Civil Veterinary Department Bihar reports 1936-40 - 1936-1940
Year: 1936
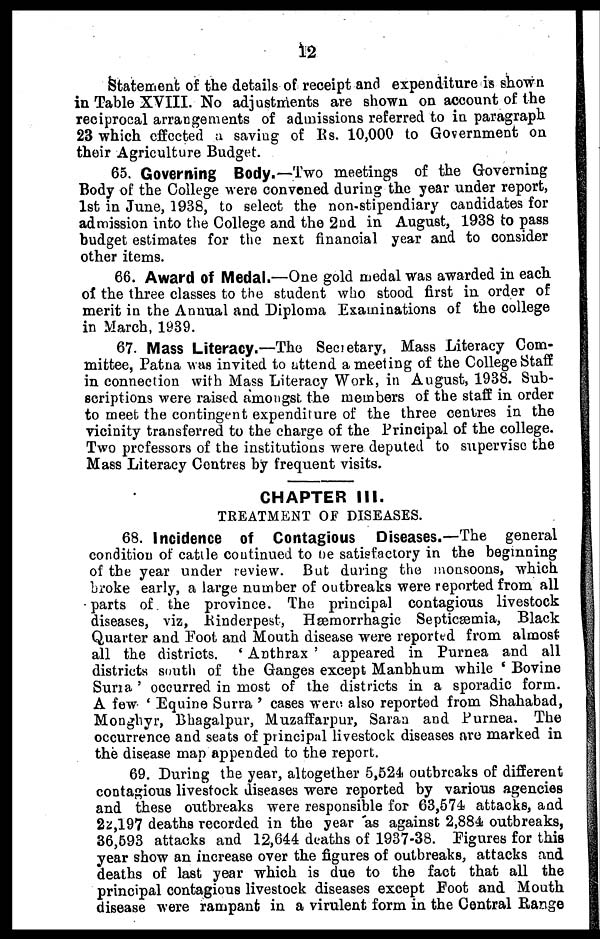
12
Statement of the details of receipt and expenditure is shown
in Table XVIII. No adjustments are shown on account of the
reciprocal arrangements of admissions referred to in paragraph
23 which effected a saving of Rs. 10,000 to Government on
their Agriculture Budget.
65. Governing Body.—Two meetings of the Governing
Body of the College were convened during the year under report,
1st in June, 1938, to select the non-stipendiary candidates for
admission into the College and the 2nd in August, 1938 to pass
budget estimates for the next financial year and to consider
other items.
66. Award of Medal.—One gold medal was awarded in each
of the three classes to the student who stood first in order of
merit in the Annual and Diploma Examinations of the college
in March, 1939.
67. Mass Literacy.—The Secretary, Mass Literacy Com-
mittee, Patna was invited to attend a meeting of the College Staff
in connection with Mass Literacy Work, in August, 1938. Sub-
scriptions were raised amongst the members of the staff in order
to meet the contingent expenditure of the three centres in the
vicinity transferred to the charge of the Principal of the college.
Two professors of the institutions were deputed to supervise the
Mass Literacy Centres by frequent visits.
CHAPTER III.
TREATMENT OF DISEASES.
68. Incidence of Contagious Diseases.—The general
condition of cattle continued to be satisfactory in the beginning
of the year under review. But during the monsoons, which
broke early, a large number of outbreaks were reported from all
parts of the province. The principal contagious livestock
diseases, viz, Rinderpest, Hæmorrhagic Septicæmia, Black
Quarter and Foot and Mouth disease were reported from almost
all the districts. 'Anthrax' appeared in Purnea and all
districts south of the Ganges except Manbhum while 'Bovine
Surra' occurred in most of the districts in a sporadic form.
A few 'Equine Surra' cases were also reported from Shahabad,
Monghyr, Bhagalpur, Muzaffarpur, Saran and Purnea. The
occurrence and seats of principal livestock diseases are marked in
the disease map appended to the report.
69. During the year, altogether 5,524 outbreaks of different
contagious livestock diseases were reported by various agencies
and these outbreaks were responsible for 63,574 attacks, and
22,197 deaths recorded in the year as against 2,884 outbreaks,
36,593 attacks and 12,644 deaths of 1937-38. Figures for this
year show an increase over the figures of outbreaks, attacks and
deaths of last year which is due to the fact that all the
principal contagious livestock diseases except Foot and Mouth
disease were rampant in a virulent form in the Central Range